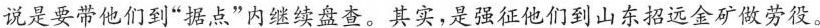
说是要带他们到“据点”内继续盘查。其实,是强征他们到山东招远金矿做劳役。